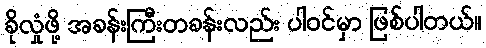
ခိုလှုံဖို့ အခန်းကြီးတခန်းလည်း ပါဝင်မှာ ဖြစ်ပါတယ်။